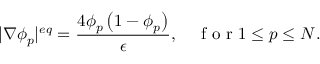
| \nabla \phi _ { p } | ^ { e q } = \frac { 4 \phi _ { p } \left( 1 - \phi _ { p } \right) } { \epsilon } , \quad \mathrm { ~ f ~ o ~ r ~ } 1 \leq p \leq N .